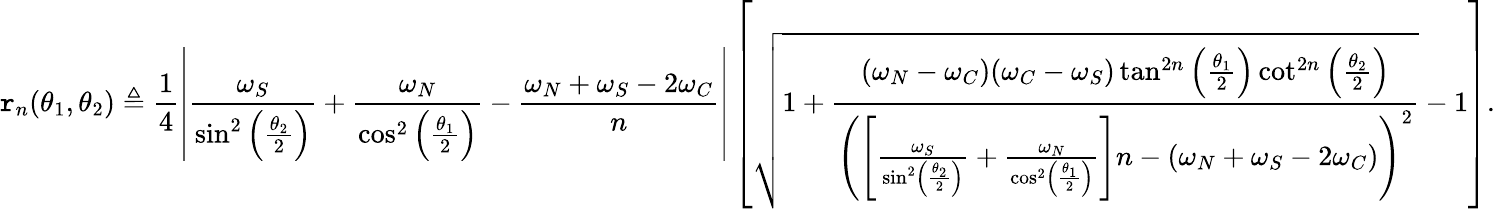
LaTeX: \mathtt{r}_{n}(\theta_{1},\theta_{2})\triangleq\frac{1}{4}\left|\frac{\omega_{S}}{\sin^{2}\left(\frac{\theta_{2}}{2}\right)}+\frac{\omega_{N}}{\cos^{2}\left(\frac{\theta_{1}}{2}\right)}-\frac{\omega_{N}+\omega_{S}-2\omega_{C}}{n}\right|\left[\sqrt{1+\frac{(\omega_{N}-\omega_{C})(\omega_{C}-\omega_{S})\tan^{2n}\left(\frac{\theta_{1}}{2}\right)\cot^{2n}\left(\frac{\theta_{2}}{2}\right)}{\left(\left[\frac{\omega_{S}}{\sin^{2}\left(\frac{\theta_{2}}{2}\right)}+\frac{\omega_{N}}{\cos^{2}\left(\frac{\theta_{1}}{2}\right)}\right]n-(\omega_{N}+\omega_{S}-2\omega_{C})\right)^{2}}}-1\right].